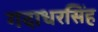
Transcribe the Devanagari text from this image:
गदाधरसिंह